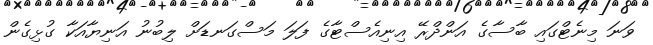
ވަނަ މިނެޓްގައި ބާސާގެ އަންދްރޭ އިނިއެސްޓާގެ ފަލަ މަސްގަނޑަށް ލިބުނު އަނިޔާއަކާ ގުޅިގެން